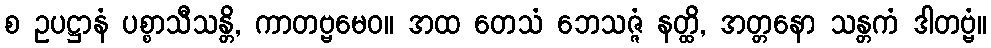
စ ဥပဋ္ဌာနံ ပစ္စာသီသန္တိ, ကာတဗ္ဗမေဝ။ အထ တေသံ ဘေသဇ္ဇံ နတ္ထိ, အတ္တနော သန္တကံ ဒါတဗ္ဗံ။